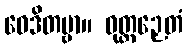
ဝေဒိတဗ္ဗာ။ ဝုတ္တဉှေတံ